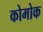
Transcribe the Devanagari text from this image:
कोमोक